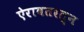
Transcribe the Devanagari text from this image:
ऐरावतरत्न